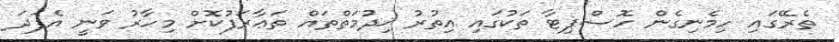
ތެރޭގައި ހިމެނިގެން ހޮސްޕިޓާ ތަކުގައި އިތުރު ޚިދުމަތްތައް ތަޢާރަފުކޮށް މިހާރު ވަނީ އެފަދަ